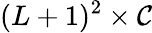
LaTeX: (L+1)^{2}\times\mathcal{C}